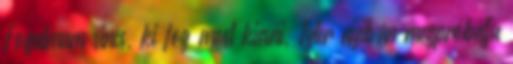
Fogalmam sincs, ki fog most kiesni, Tyler nyilván megpróbálja